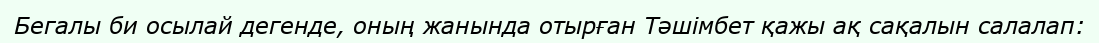
Бегалы би осылай дегенде, оның жанында отырған Тәшімбет қажы ақ сақалын салалап: